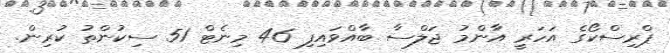
ޕްރިސްކޯގެ އަހަރީ އާންމު ޖަލްސާ ބާއްވައިފި 46 މިނެޓް 51 ސިކުންތު ކުރިން.